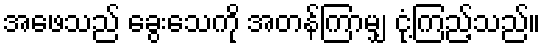
အဖေသည် ခွေးသေကို အတန်ကြာမျှ ငုံ့ကြည့်သည်။